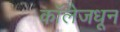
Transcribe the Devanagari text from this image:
कॉलेजधून